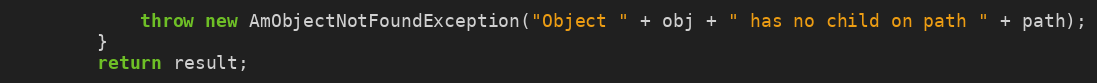
Language: Java
            throw new AmObjectNotFoundException("Object " + obj + " has no child on path " + path);
        }
        return result;